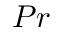
P r